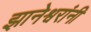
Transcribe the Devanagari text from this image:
झानेश्वरांनी